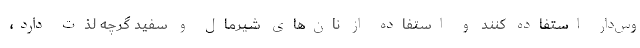
وس‌دار استفاده کنند و استفاده از نان‌های شیرمال و سفید گرچه لذت دارد،